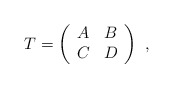
\begin{align*}T= \left( \begin{array}{cc}A & B \\C & D\end{array} \right)\ , \end{align*}